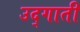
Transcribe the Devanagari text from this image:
उद्गाती